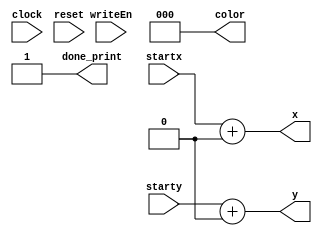
module draw_egg (x, y, startx, starty, color, clock, writeEn, reset, done_print);

	input clock;
	input writeEn;
	input reset;
	input [7:0] startx;
	input [6:0] starty;
	output [7:0] x;
	output [6:0] y;
	output done_print;
	output [2:0] color;
	
	assign x = startx + 8'b0;
	assign y = starty + 7'b0;
	assign color = 3'b000;
	assign done_print = 1;
	
endmodule